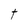
Character: t